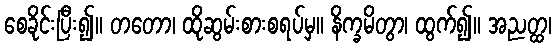
စေခိုင်းပြီး၍။ တတော၊ ထိုဆွမ်းစားစရပ်မှ။ နိက္ခမိတွာ၊ ထွက်၍။ အညတ္ထ၊